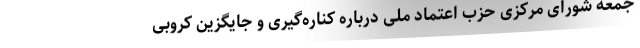
جمعه شورای مرکزی حزب اعتماد ملی درباره کناره‌گیری و جایگزین کروبی